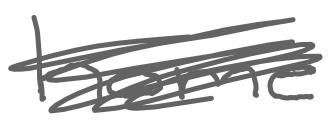
Text: home
Cross-out: scratch
Writing tool: digital_gray